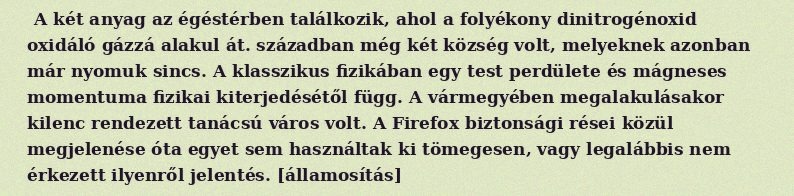
A két anyag az égéstérben találkozik, ahol a folyékony dinitrogénoxid oxidáló gázzá alakul át. században még két község volt, melyeknek azonban már nyomuk sincs. A klasszikus fizikában egy test perdülete és mágneses momentuma fizikai kiterjedésétől függ. A vármegyében megalakulásakor kilenc rendezett tanácsú város volt. A Firefox biztonsági rései közül megjelenése óta egyet sem használtak ki tömegesen, vagy legalábbis nem érkezett ilyenről jelentés. [államosítás]